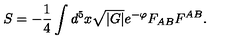
S = - \frac { 1 } { 4 } \int d ^ { 5 } x \sqrt { | G | } e ^ { - \varphi } F _ { A B } F ^ { A B } .